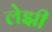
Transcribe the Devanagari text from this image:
लेझी